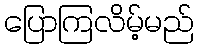
ပြောကြလိမ့်မည်